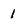
Character: 1